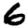
Digit: 6